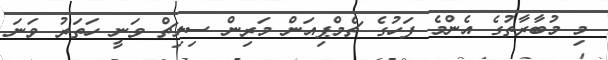
މި މުބާރާތުގެ އެންމެ ފަހުގެ ޗެމްޕިއަން މަރިން ސިލިޗް ވަނީ ހަތަރު ވަނަ